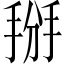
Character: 掰